Senior Leaving Certificate Examination (including Day School Certificate (Higher) General paper), 1946
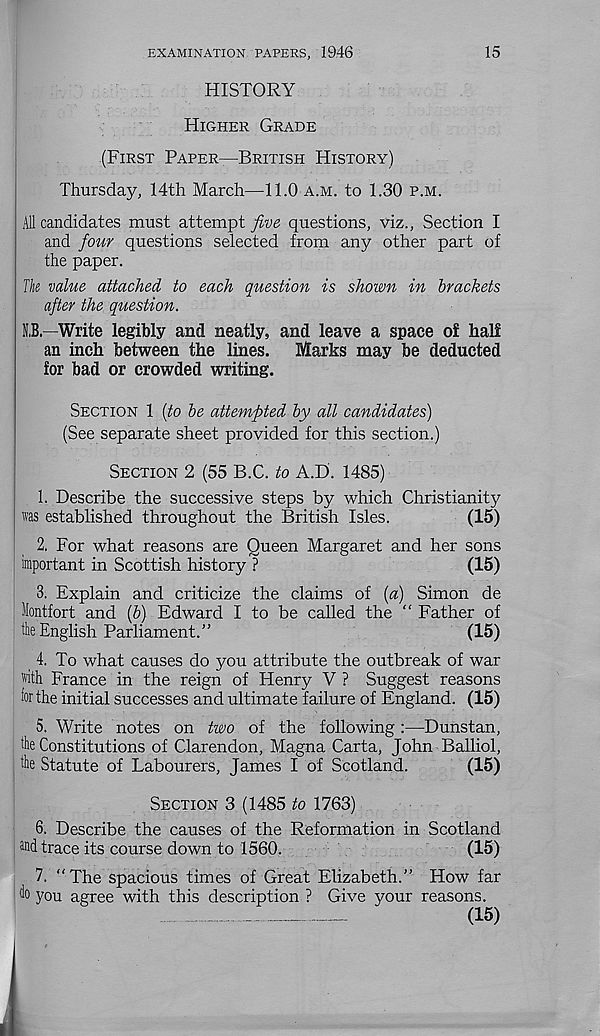
EXAMINATION PAPERS, 1946
15
HISTORY
HIGHER GRADE
(FIRST PAPER—BRITISH HISTORY)
Thursday, 14th March—11.0 A.M. to 1.30 P.M.
All candidates must attempt yhitf questions, viz., Section I
and four questions selected from any other part of
the paper.
Ik value attached to each question is shown in brackets
after the question.
S,B.—Write legibly and neatly, and leave a space of half
an inch between the lines. Marks may be deducted
for bad or crowded writing.
SECTION 1 (to be attempted by all candidates)
(See separate sheet provided for this section.)
SECTION 2 (55 B.C. to A.E). 1485)
1. Describe the successive steps by which Christianity
was established throughout the British Isles.
(15)
2. For what reasons are Queen Margaret and her sons
important in Scottish history ?
(15)
3. Explain and criticize the claims of (a) Simon de
Hontfort and (b) Edward I to be called the “ Father of
the English Parliament.”
(15)
4. To what causes do you attribute the outbreak of war
with France in the reign of Henry V ? Suggest reasons
for the initial successes and ultimate failure of England. (15)
5. Write notes on two of the following:—Dunstan,
the Constitutions of Clarendon, Magna Carta, John Balliol,
the Statute of Labourers, James I of Scotland.
(15)
SECTION 3 (1485 to 1763)
6. Describe the causes of the Reformation in Scotland
®d trace its course down to 1560.
(15)
7. "The spacious times of Great Elizabeth.” How far
ho you agree with this description ? Give your reasons.
-
- — —
(15)